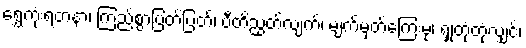
ရွှေကုံးရတနာ၊ ကြည်စွာပြတ်ပြတ်၊ ပီတိညွတ်လျက်၊ မျက်မှတ်ကြေးမုံ၊ ရှုတုံတုံလျှင်၊